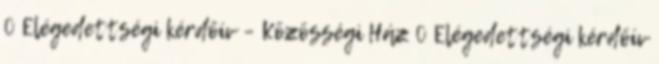
0 Elégedettségi kérdőív – Közösségi Ház 0 Elégedettségi kérdőív